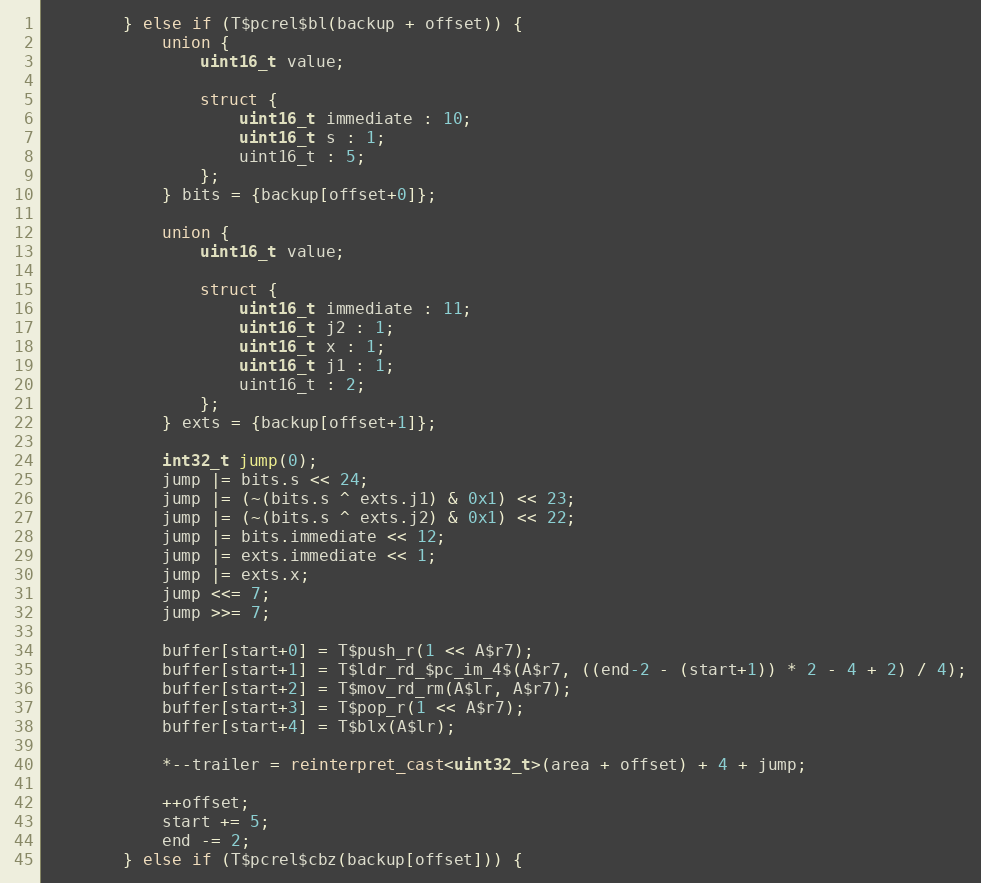
Language: C++
        } else if (T$pcrel$bl(backup + offset)) {
            union {
                uint16_t value;

                struct {
                    uint16_t immediate : 10;
                    uint16_t s : 1;
                    uint16_t : 5;
                };
            } bits = {backup[offset+0]};

            union {
                uint16_t value;

                struct {
                    uint16_t immediate : 11;
                    uint16_t j2 : 1;
                    uint16_t x : 1;
                    uint16_t j1 : 1;
                    uint16_t : 2;
                };
            } exts = {backup[offset+1]};

            int32_t jump(0);
            jump |= bits.s << 24;
            jump |= (~(bits.s ^ exts.j1) & 0x1) << 23;
            jump |= (~(bits.s ^ exts.j2) & 0x1) << 22;
            jump |= bits.immediate << 12;
            jump |= exts.immediate << 1;
            jump |= exts.x;
            jump <<= 7;
            jump >>= 7;

            buffer[start+0] = T$push_r(1 << A$r7);
            buffer[start+1] = T$ldr_rd_$pc_im_4$(A$r7, ((end-2 - (start+1)) * 2 - 4 + 2) / 4);
            buffer[start+2] = T$mov_rd_rm(A$lr, A$r7);
            buffer[start+3] = T$pop_r(1 << A$r7);
            buffer[start+4] = T$blx(A$lr);

            *--trailer = reinterpret_cast<uint32_t>(area + offset) + 4 + jump;

            ++offset;
            start += 5;
            end -= 2;
        } else if (T$pcrel$cbz(backup[offset])) {